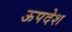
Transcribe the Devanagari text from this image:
ऊपदेश